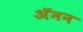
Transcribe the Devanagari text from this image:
अॅमन